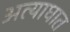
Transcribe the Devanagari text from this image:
अत्याघात